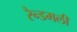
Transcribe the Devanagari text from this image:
रैन्डमली